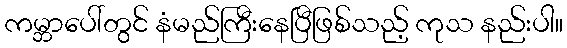
ကမ္ဘာပေါ်တွင် နံမည်ကြီးနေပြီဖြစ်သည့် ကုသ နည်းပါ။